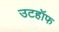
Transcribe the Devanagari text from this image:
उटहॉफ